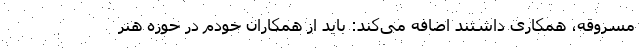
مسروقه، همکاری داشتند اضافه می‌کند: باید از همکاران خودم در حوزه هنر